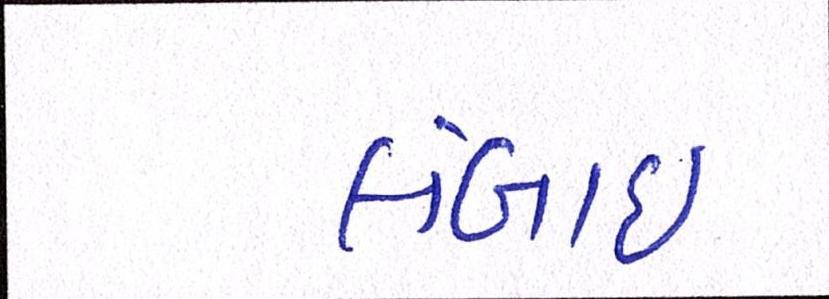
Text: લંબાઈ